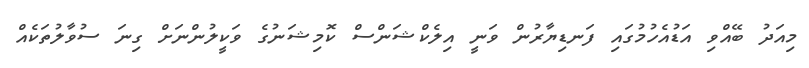
މިއަދު ބޭއްވި އަޑުއެހުމުގައި ފަނޑިޔާރުން ވަނީ އިލެކްޝަންސް ކޮމިޝަނުގެ ވަކީލުންނަށް ގިނަ ސުވާލުތަކެއް